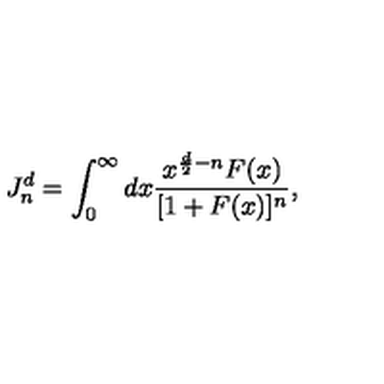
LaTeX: J _ { n } ^ { d } = \int _ { 0 } ^ { \infty } d x \frac { x ^ { \frac { d } { 2 } - n } F ( x ) } { [ 1 + F ( x ) ] ^ { n } } ,